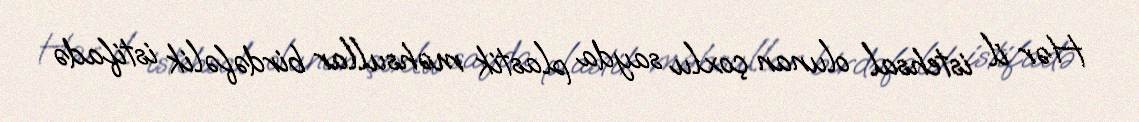
Hər il istehsal olunan çoxlu sayda plastik məhsullar birdəfəlik istifadə